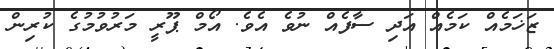
ޒަޚަމެއް ކަމެއް އަދި ސާފެއް ނުވެ އެވެ. އޯމް ޕޫރީ މަރުވުމުގެ ކުރިން